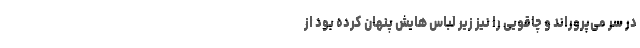
در سر می‌پروراند و چاقویی را نیز زیر لباس هایش پنهان کرده بود از